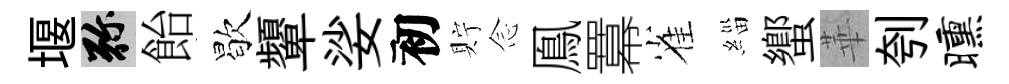
堰弥飴歇顰娑初貯𫝹鳯羃雀緇蠁華刳曛